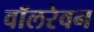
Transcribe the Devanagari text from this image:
वॉलरेवन